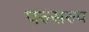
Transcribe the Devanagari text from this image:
फ्ल्सरुप